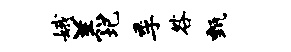
娥羔圯季咎甄